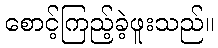
စောင့်ကြည့်ခဲ့ဖူးသည်။